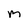
Character: M